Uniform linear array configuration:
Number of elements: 16
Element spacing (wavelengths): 0.75
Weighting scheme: binomial
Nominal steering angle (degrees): -30
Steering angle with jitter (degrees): -28.58
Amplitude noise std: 0.05
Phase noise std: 0.05

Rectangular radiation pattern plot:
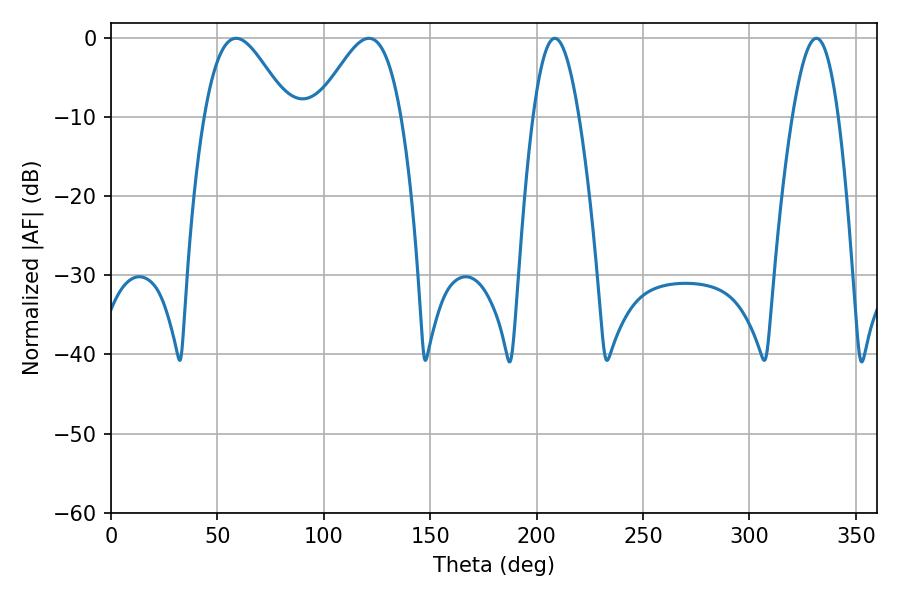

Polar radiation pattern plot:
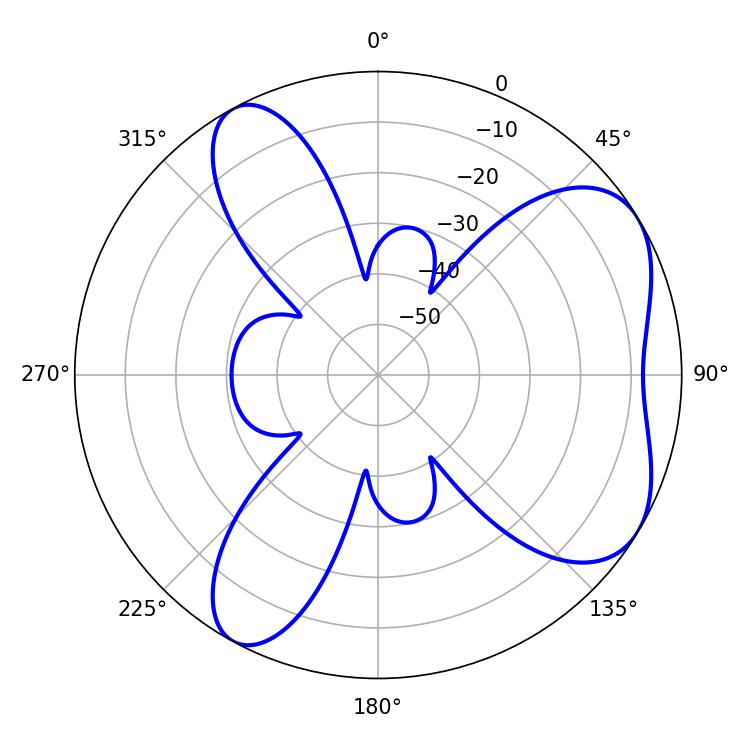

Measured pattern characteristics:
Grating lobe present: TRUE
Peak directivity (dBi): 5.825
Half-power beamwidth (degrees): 21.24
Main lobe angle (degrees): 58.86